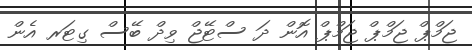
ޖަމްޕް ޖަމްޕް ޖަމްޕް އޮން ދަ ސްޓޭޖް ވިދް ބޭސް ގިޓަރ އެން